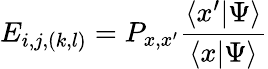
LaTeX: E_{i,j,(k,l)}=P_{x,x^{\prime}}\frac{\langle x^{\prime}|\Psi\rangle}{\langle x|\Psi\rangle}